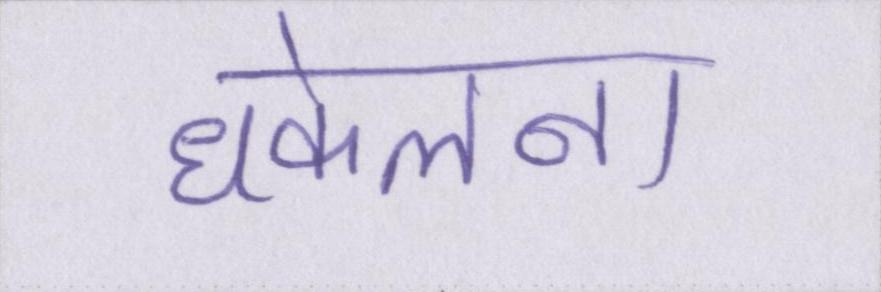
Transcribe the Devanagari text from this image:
धकेलना